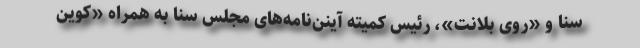
سنا و «روی بلانت»، رئیس کمیته آینن‌نامه‌های مجلس سنا به همراه «کوین